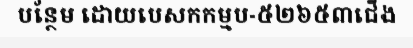
បន្ថែម ដោយបេសកកម្មប-៥២៦៥៣ជើង